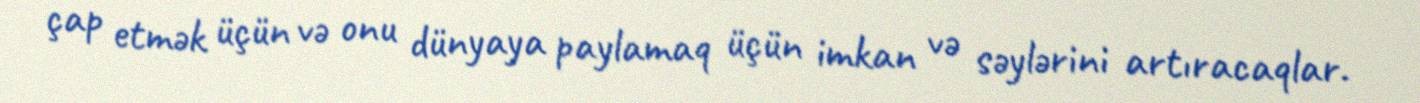
çap etmək üçün və onu dünyaya paylamaq üçün imkan və səylərini artıracaqlar.